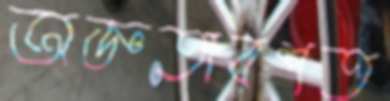
অজ্ঞতাবশত